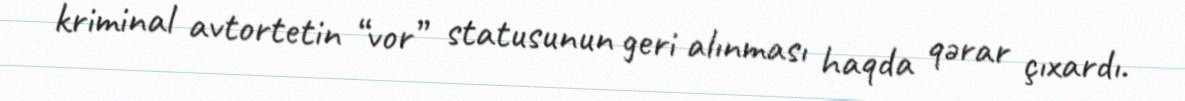
kriminal avtortetin “vor” statusunun geri alınması haqda qərar çıxardı.